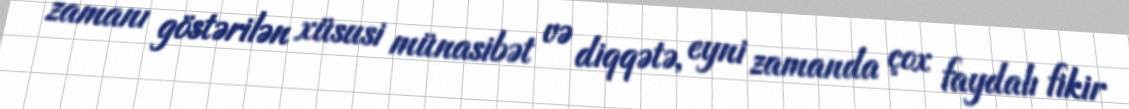
zamanı göstərilən xüsusi münasibət və diqqətə, eyni zamanda çox faydalı fikir